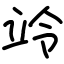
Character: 竛